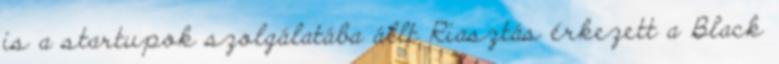
is a startupok szolgálatába állt Riasztás érkezett a Black